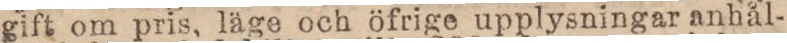
gift om pris, läge och öfrige upplysningar anhål-